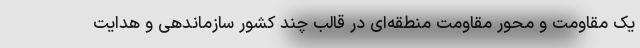
یک مقاومت و محور مقاومت منطقه‌ای در قالب چند کشور سازماندهی و هدایت